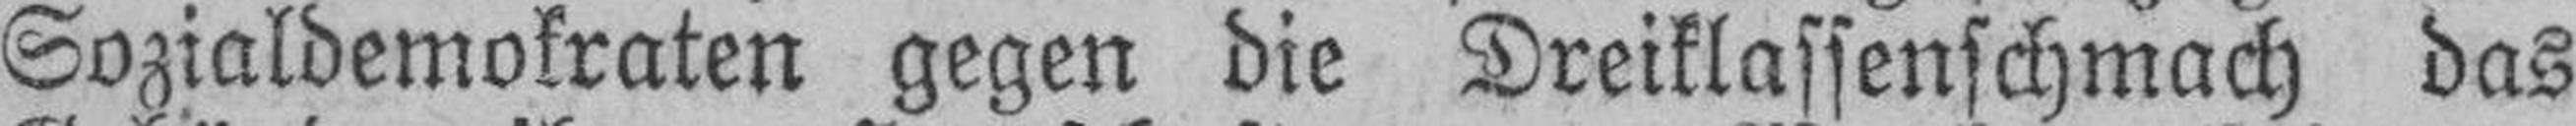
Sozialdemokraten gegen die Dreiklassenschmach das